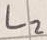
Text: L2